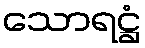
သောရဋ္ဌံ